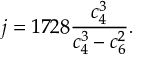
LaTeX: j = 1 7 2 8 { \frac { c _ { 4 } ^ { 3 } } { c _ { 4 } ^ { 3 } - c _ { 6 } ^ { 2 } } } .